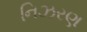
નિઝરણ